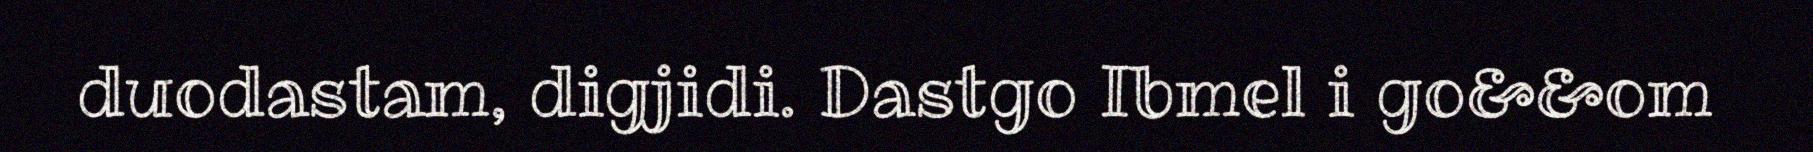
duodastam, digjidi. Dastgo Ibmel i go&&om